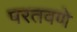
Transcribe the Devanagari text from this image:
परतवणे